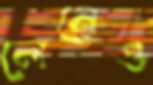
লেনেও